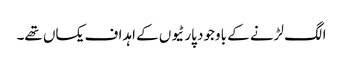
الگ لڑنے کے باوجود پارٹیوں کے اہداف یکساں تھے۔